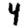
Digit: 4